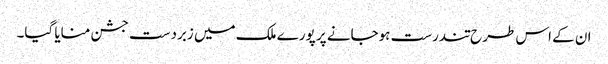
ان کے اس طرح تندرست ہوجانے پر پورے ملک میں زبردست جشن منایا گیا۔